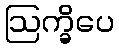
ဩက္ခိပေ